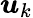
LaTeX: \boldsymbol{u}_{k}